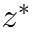
z ^ { * }